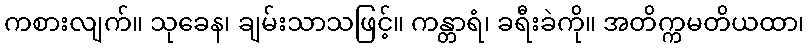
ကစားလျက်။ သုခေန၊ ချမ်းသာသဖြင့်။ ကန္တာရံ၊ ခရီးခဲကို။ အတိက္ကမတိယထာ၊